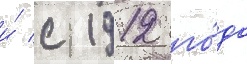
и́ с 1912 го́да